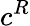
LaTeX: c^{R}